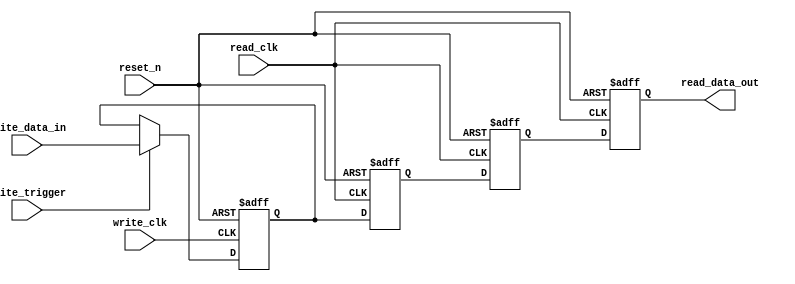
// This is a reg over two clock domains

module clock_reg_latch #(parameter data_size=32 )(
	input                          write_clk,        // the APF clock
	input                          read_clk,        // the system clock
	input                          reset_n,
	input                          write_trigger,
	input [data_size-1:0]          write_data_in,
	output reg [data_size-1:0]     read_data_out
);

reg [data_size-1:0] write_reg_triggered;

always @(posedge write_clk or negedge reset_n) begin
    if (~reset_n) begin
        write_reg_triggered <= 'b0;
    end
    else begin
        if (write_trigger) write_reg_triggered <= write_data_in;
    end
end

reg [data_size-1:0] read_data_clocked_1, read_data_clocked_2;

always @(posedge read_clk or negedge reset_n) begin
    if (~reset_n) begin
        read_data_clocked_1 <= 'b0;
        read_data_clocked_2 <= 'b0;
        read_data_out <= 'b0;
    end
    else begin
        read_data_clocked_1 <= write_reg_triggered;
        read_data_clocked_2 <= read_data_clocked_1;
        read_data_out <= read_data_clocked_2;
    end
end

endmodule